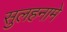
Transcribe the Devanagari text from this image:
सुलहनामे